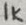
Text: 1K